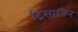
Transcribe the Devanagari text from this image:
ट्रिसाजिन